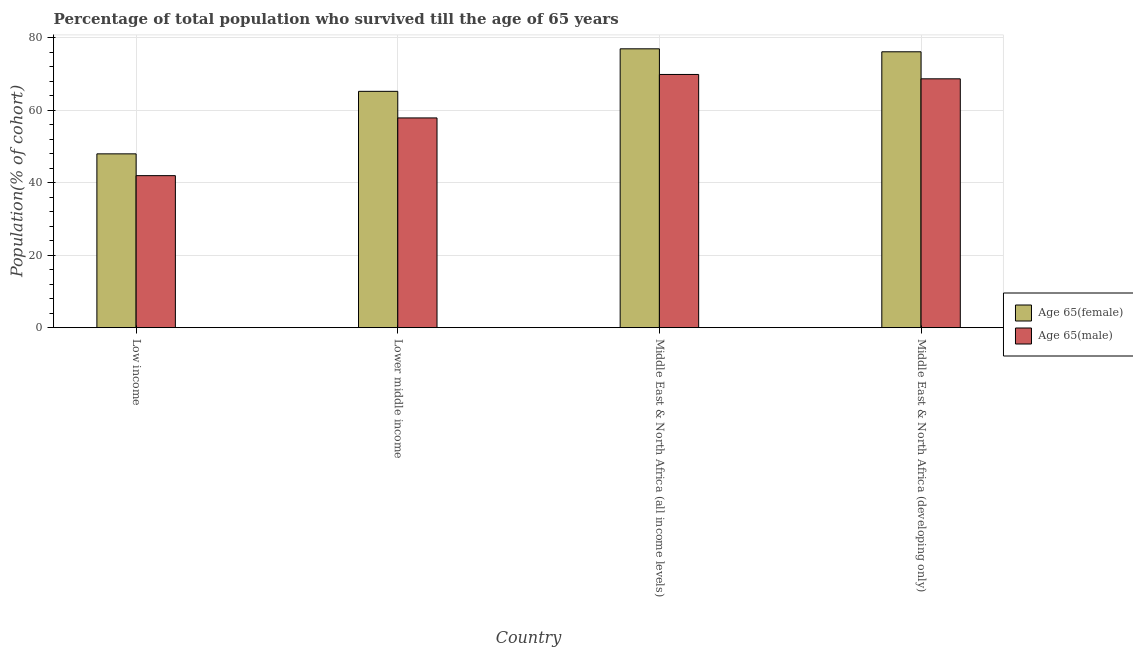
| Country | Age 65(female) | Age 65(male) |
 | --- | --- | --- |
 | Low income | 48 | 41.9 |
 | Lower middle income | 65.2 | 57.9 |
 | Middle East & North Africa (all income levels) | 76.9 | 69.9 |
 | Middle East & North Africa (developing only) | 76.1 | 68.7 |